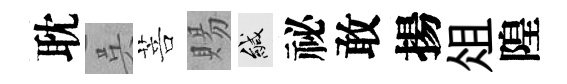
耽呉菩賜緘祕敢揚俎隍